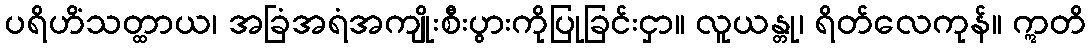
ပရိဟိံသတ္ထာယ၊ အခြံအရံအကျိုးစီးပွားကိုပြုခြင်းငှာ။ လူယန္တု၊ ရိတ်လေကုန်။ ဣတိ